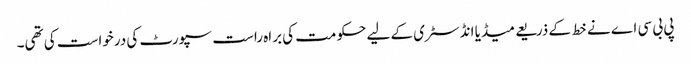
پی بی سی اے نے خط کے ذریعے میڈیا انڈسٹری کے لیے حکومت کی براہ راست سپورٹ کی درخواست کی تھی۔